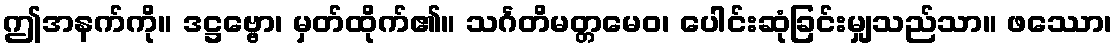
ဤအနက်ကို။ ဒဋ္ဌဗ္ဗော၊ မှတ်ထိုက်၏။ သင်္ဂတိမတ္တမေဝ၊ ပေါင်းဆုံခြင်းမျှသည်သာ။ ဖဿော၊